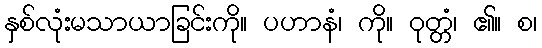
နှစ်လုံးမသာယာခြင်းကို။ ပဟာနံ၊ ကို။ ဝုတ္တံ၊ ၏။ စ၊